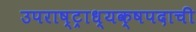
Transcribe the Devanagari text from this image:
उपराष्ट्राध्यक्षपदाची